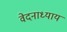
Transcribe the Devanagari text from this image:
वेदनाध्याय